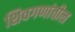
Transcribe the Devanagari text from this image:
शिवगणांतील